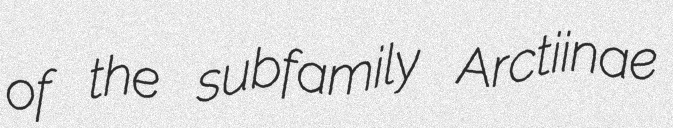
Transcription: of the subfamily Arctiinae